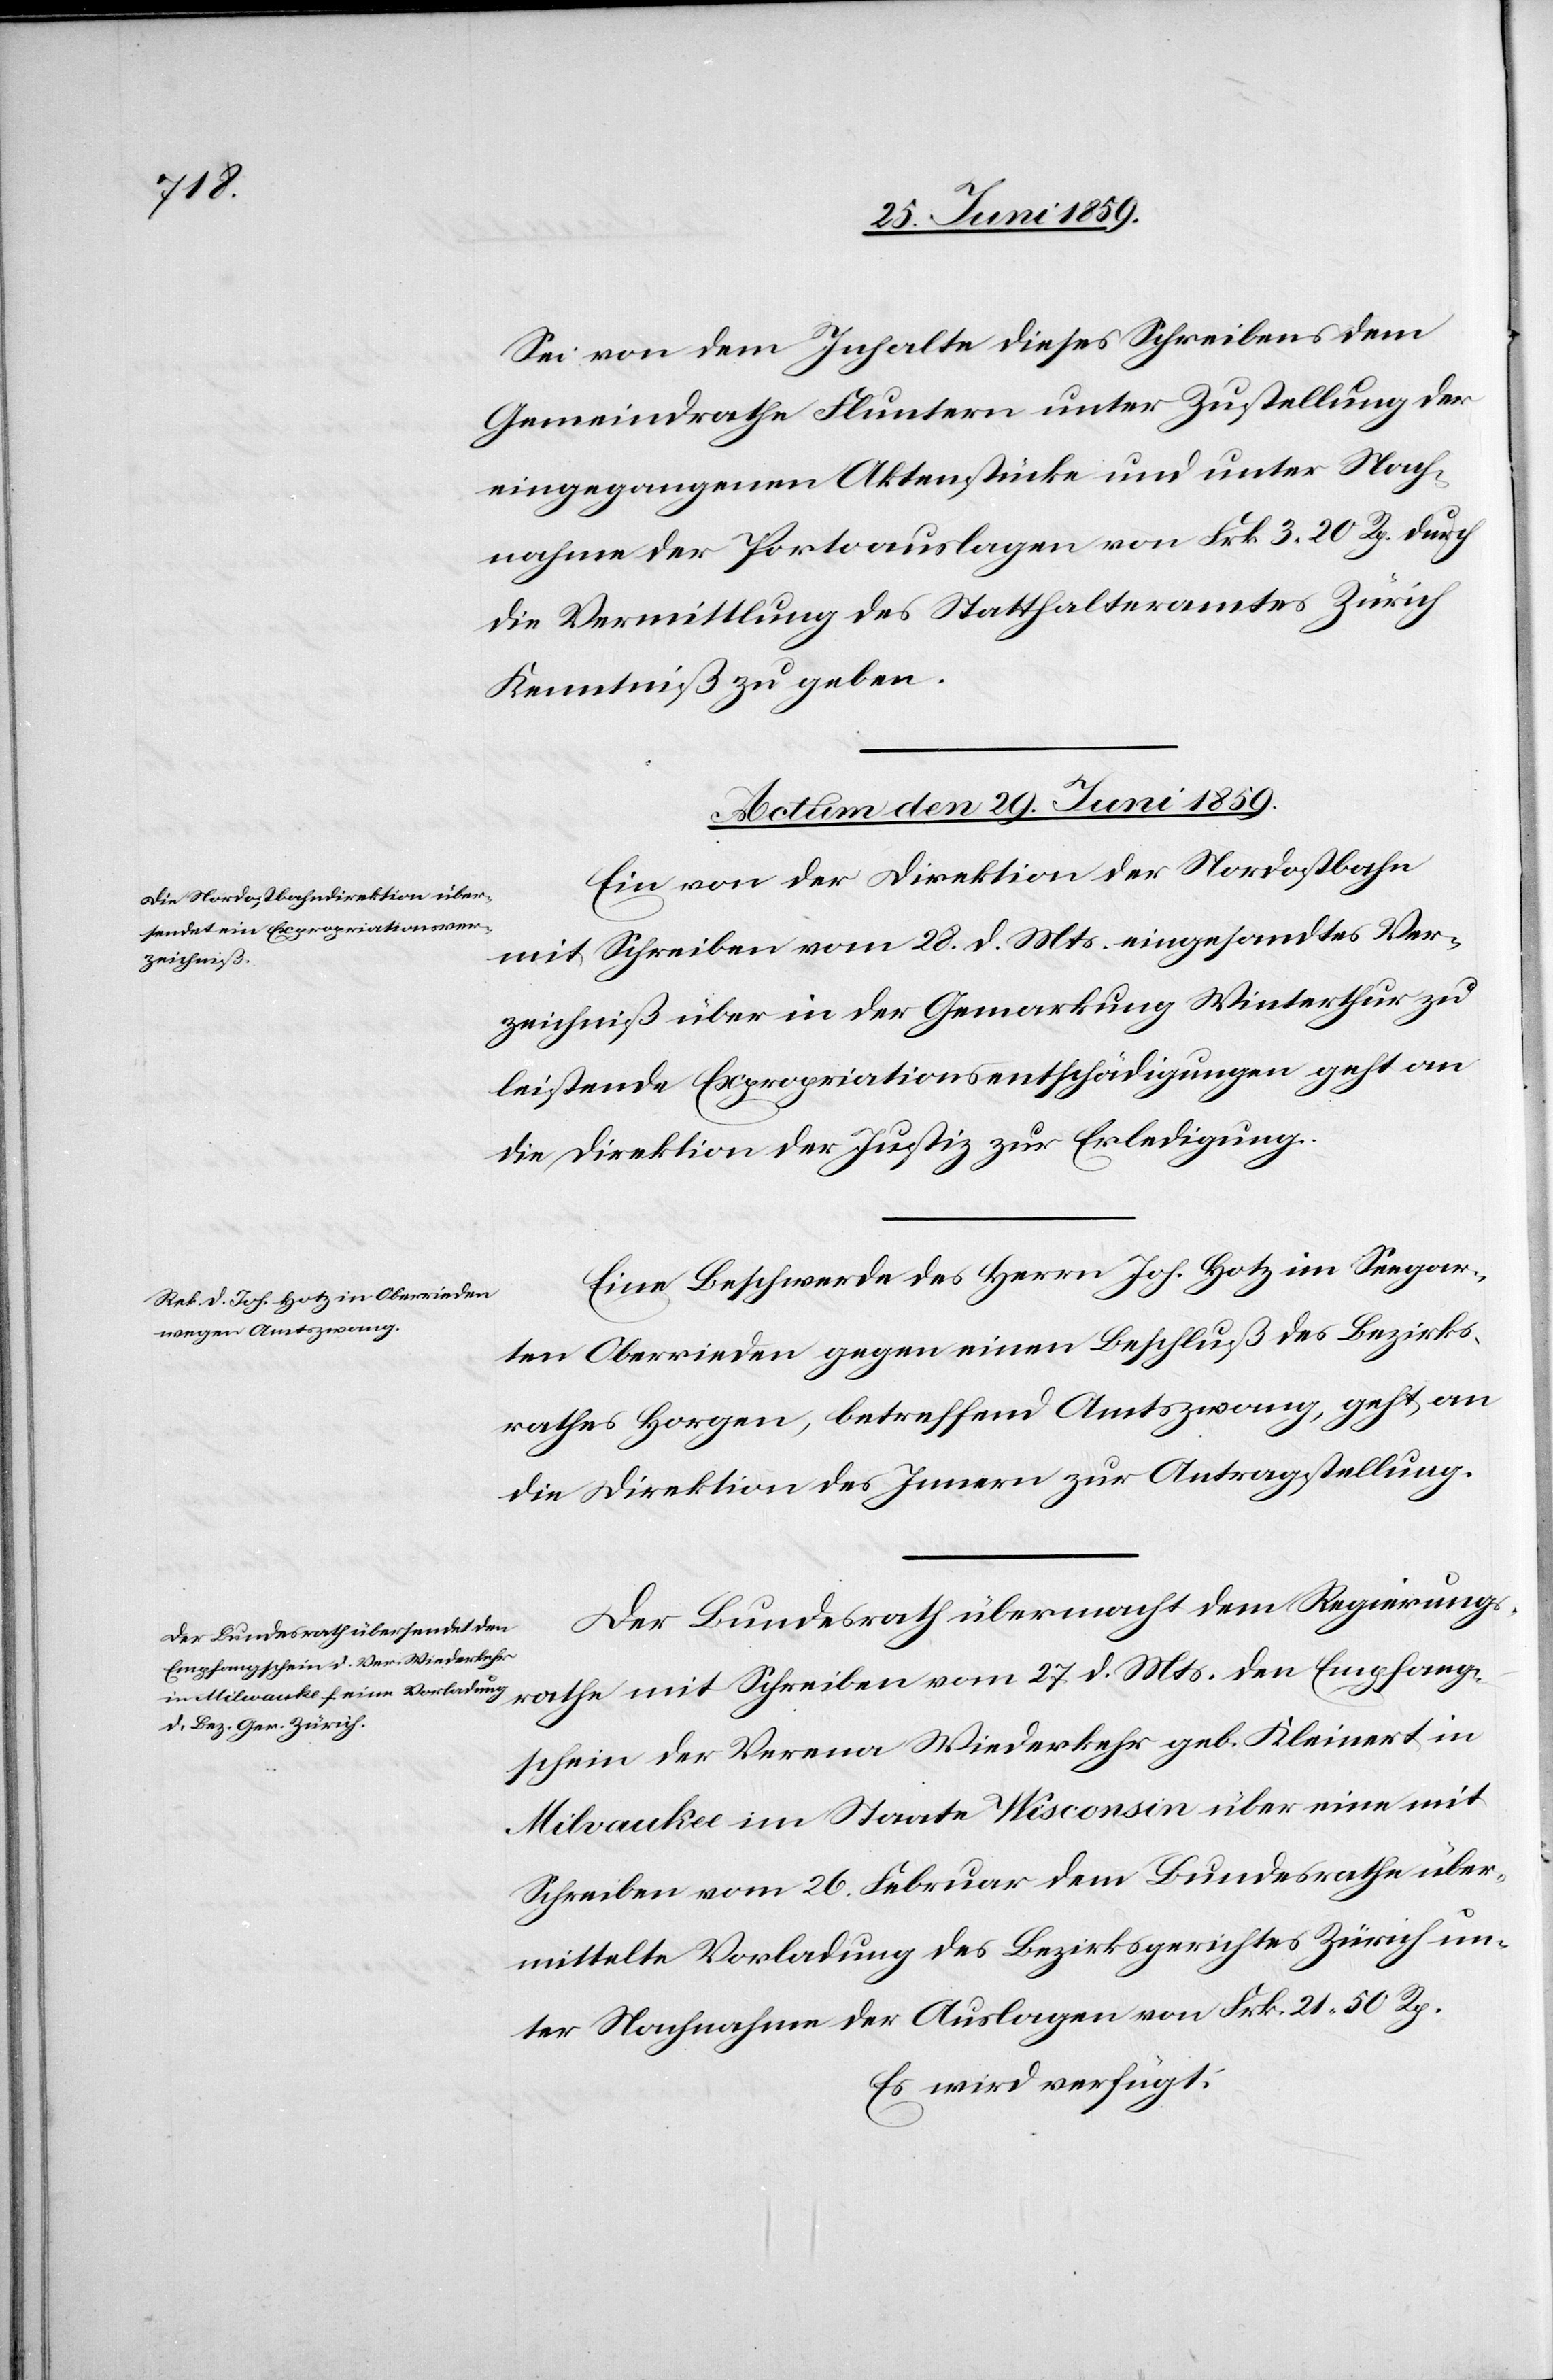
Sei von dem Inhalte dieses Schreibens dem
Gemeindrathe Fluntern unter Zustellung der
eingegangenen Aktenstücke und unter Nach¬
nahme der Portoauslagen von Frk 3.20 Rp. durch
die Vermittlung des Statthalteramtes Zürich
Kenntniß zu geben.
Actum den 29. Juni 1859.]
Ein von der Direktion der Nordostbahn
mit Schreiben vom 28. d. Mts. eingesandtes Ver¬
zeichniß über in der Gemarkung Winterthur zu
leistende Expropriationsentschädigungen geht an
die Direktion der Justiz zur Erledigung.
Eine Beschwerde des Herrn Joh. Hotz in Seegar¬
ten Oberrieden gegen einen Beschluß des Bezirks¬
rathes Horgen, betreffend Amtszwang, geht an
die Direktion des Innern zur Antragstellung.
Der Bundesrath übermacht dem Regierungs¬
rathe mit Schreiben vom 27. d. Mts. den Empfang¬
schein der Verena Wiederkehr geb. Kleinert in
Milvaukee im Staate Wisconsin über eine mit
Schreiben vom 26. Februar dem Bundesrathe über¬
mittelte Vorladung des Bezirksgerichtes Zürich un¬
ter Nachnahme der Auslagen von Frk. 21.50 Rp.
Es wird verfügt: